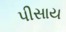
પીસાય